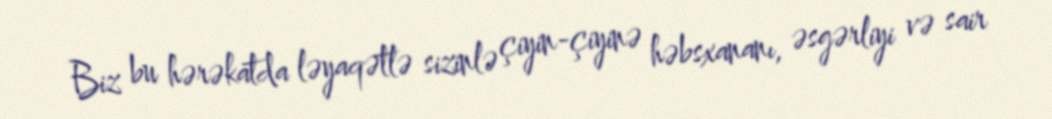
Biz bu hərəkatda ləyaqətlə sizinlə çiyin-çiyinə həbsxananı, əsgərliyi və sair